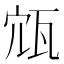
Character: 𡨍